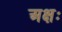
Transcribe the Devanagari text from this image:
अक्षः